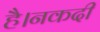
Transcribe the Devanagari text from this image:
है।नकदी